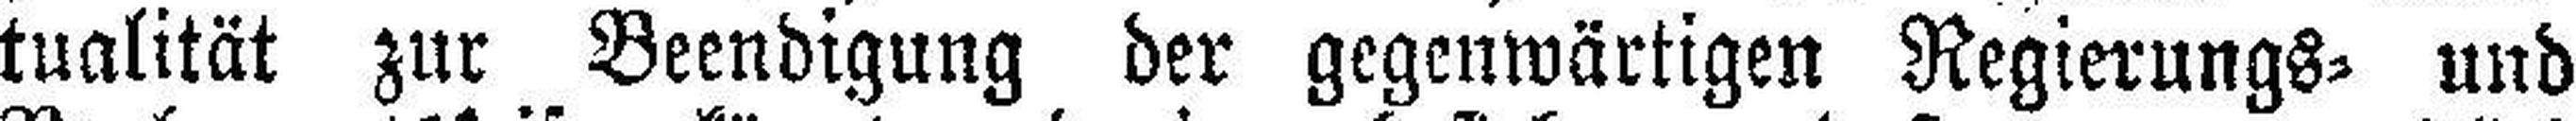
tualität zur Beendigung der gegenwärtigen Regierungs= und